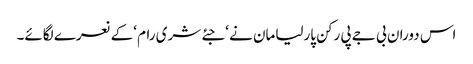
اس دوران بی جے پی رکن پارلیامان نے ‘جئے شری رام ‘کے نعرے لگائے۔